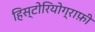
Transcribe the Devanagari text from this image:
हिस्टोरियोग्राफ़ी